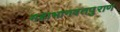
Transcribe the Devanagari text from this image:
महाभागवतपुराण